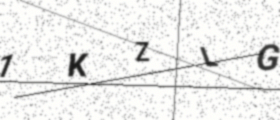
Text: 1KZLG